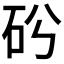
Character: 𥐤